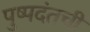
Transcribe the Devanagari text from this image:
पुष्पदंतची